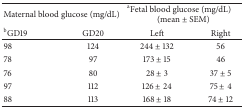
<table><thead><tr><td colspan="2"><b>Maternal blood glucose (mg/dL)</b></td><td colspan="2"><b><sup>a</sup>Fetal blood glucose (mg/dL) (mean ± SEM)</b></td></tr><tr><td><b><sup>b</sup>GD19</b></td><td><b>GD20</b></td><td><b>Left</b></td><td><b>Right</b></td></tr></thead><tbody><tr><td>98</td><td>124</td><td>244 ± 132</td><td>56 </td></tr><tr><td>78</td><td>97</td><td>173 ± 15 </td><td> 46 </td></tr><tr><td>76</td><td>80</td><td> 28 ± 3 </td><td>37 ± 5 </td></tr><tr><td>97</td><td>112</td><td>126 ± 24 </td><td>75 ± 4 </td></tr><tr><td>88</td><td>113</td><td>168 ± 18 </td><td>74 ± 12</td></tr></tbody></table>